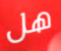
هل